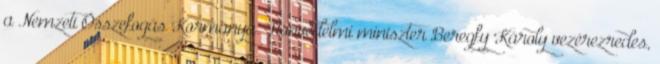
a Nemzeti Összefogás Kormánya. Honvédelmi miniszter Beregfy Károly vezérezredes,